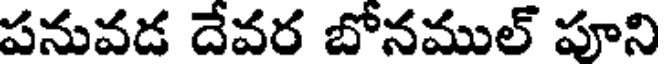
పనువడ దేవర బోనముల్ పూని